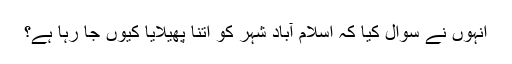
انہوں نے سوال کیا کہ اسلام آباد شہر کو اتنا پھیلایا کیوں جا رہا ہے؟